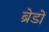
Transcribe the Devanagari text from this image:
ब्रेडों